Scottish Leaving Certificate Examination, 1958
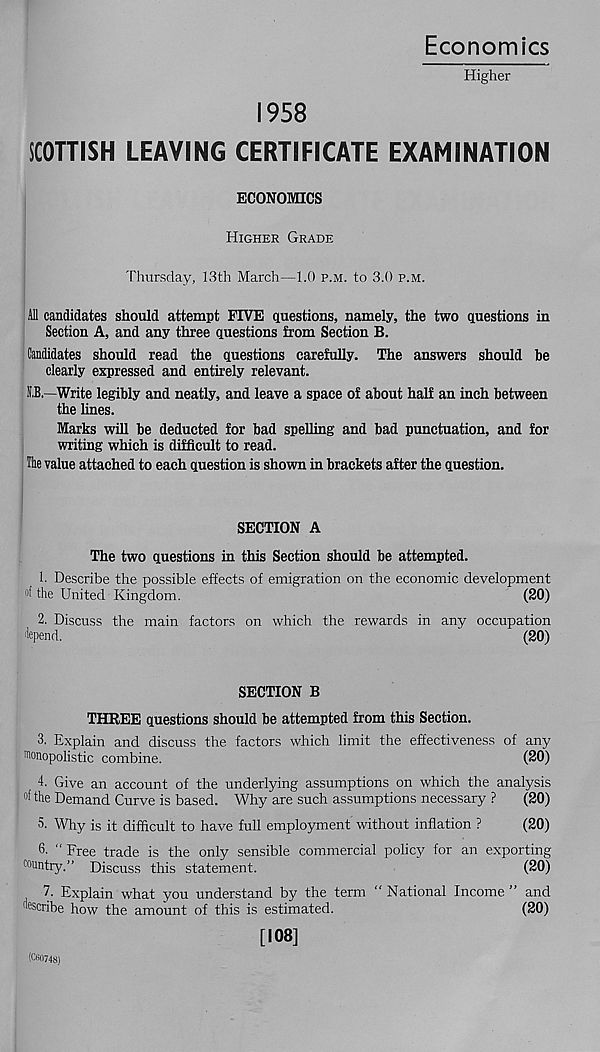
Economics
Higher
1958
SCOTTISH LEAVING CERTIFICATE EXAMINATION
ECONOMICS
Higher Grade
Thursday, 13th March—1.0 p.m. to 3.0 p.m.
All candidates should attempt FIVE questions, namely, the two questions in
Section A, and any three questions from Section B.
Candidates should read the questions carefully. The answers should be
clearly expressed and entirely relevant.
O—Write legibly and neatly, and leave a space of about half an inch between
the lines.
Marks will be deducted for bad spelling and bad punctuation, and for
writing which is difficult to read.
The value attached to each question is shown in brackets after the question.
SECTION A
The two questions in this Section should be attempted.
1. Describe the possible effects of emigration on the economic development
tf the United Kingdom.
(20)
2. Discuss the main factors on which the rewards in any occupation
Impend.
'
(20)
SECTION B
THREE questions should be attempted from this Section.
3. Explain and discuss the factors which limit the effectiveness of any
monopolistic combine.
(20)
. 4. Give an account of the underlying assumptions on which the analysis
of the Demand Curve is based. Why are such assumptions necessary ?
(20)
5. Why is it difficult to have full employment without inflation ?
(20)
" Free trade is the only sensible commercial policy for an exporting
country.” Discuss this statement.
(20)
7. Explain what you understand by the term “ National Income ” and
describe how the amount of this is estimated.
(20)
[108]
(CH0748)